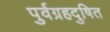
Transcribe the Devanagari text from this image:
पुर्वग्रहदुषित